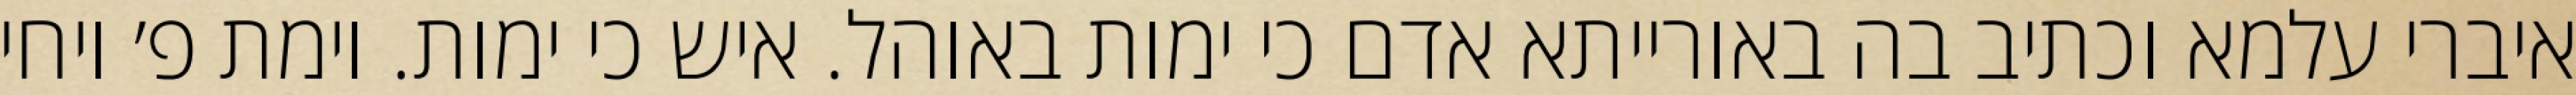
איברי עלמא וכתיב בה באורייתא אדם כי ימות באוהל. איש כי ימות. וימת פ׳ ויחי